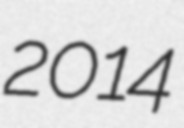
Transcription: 2014